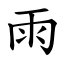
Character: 雨